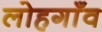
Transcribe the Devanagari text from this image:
लोहगाँव